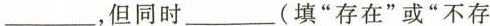
___，但同时___(填”存在”或”不存